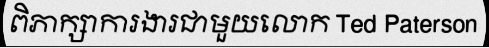
ពិភាក្សាការងារជាមួយលោក Ted Paterson